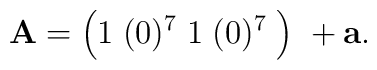
{\bf A} = \left( 1\; (0)^7\; 1\; (0)^7\; \right)\ +{\bf a} .